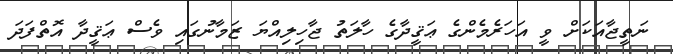
ނަތީޖާއަކަށް ވީ އަހަރެމެންގެ ޢަޤީދާގެ ހާލަތު ޖާހިލިއްޔަ ޒަމާނުގައި ވެސް ޢަޤީދާ އޮތްފަދަ